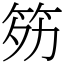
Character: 䇟